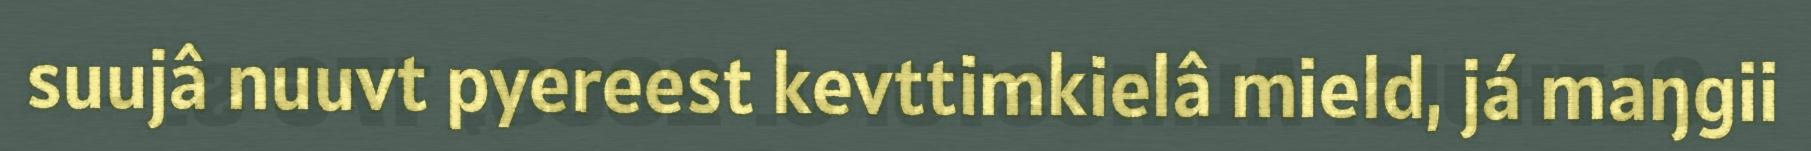
suujâ nuuvt pyereest kevttimkielâ mield, já maŋgii